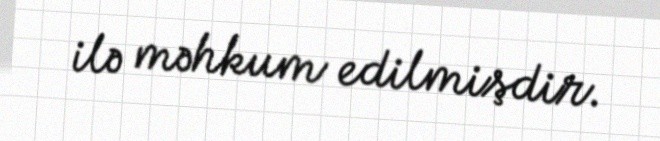
ilə məhkum edilmişdir.